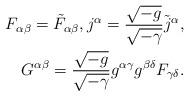
LaTeX: \begin{align*} F_{\alpha \beta} = \Tilde{F}_{\alpha \beta}, j^{\alpha} = \frac{\sqrt{-g}}{\sqrt{-\gamma}} \Tilde{j}^{\alpha}, \\ G^{\alpha \beta} = \frac{\sqrt{-g}}{\sqrt{-\gamma}} g^{\alpha \gamma} g^{\beta \delta} F_{\gamma \delta}. \end{align*}